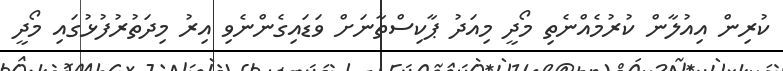
ކުރިން އިއުލާން ކުރުމެއްނެތި މޯދީ މިއަދު ޕާކިސްތާނަށް ވަޑައިގެންނެވި އިރު މިދަތުރުފުޅުގައި މޯދީ